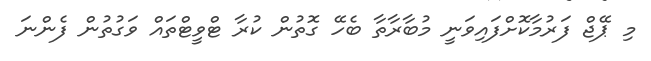
މި ޕޭޖް ފަރުމާކޮށްފައިވަނީ މުބާރާތާ ބެހޭ ގޮތުން ކުރާ ޓްވީޓްތައް ވަގުތުން ފެންނަ